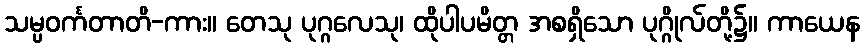
သမ္ပဝင်္ကတာတိ-ကား။ တေသု ပုဂ္ဂလေသု၊ ထိုပါပမိတ္တ အစရှိသော ပုဂ္ဂိုလ်တို့၌။ ကာယေန